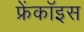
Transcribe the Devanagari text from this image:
फ्रेंकॉइस